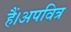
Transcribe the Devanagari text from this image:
हैं।अपवित्र